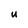
Character: U